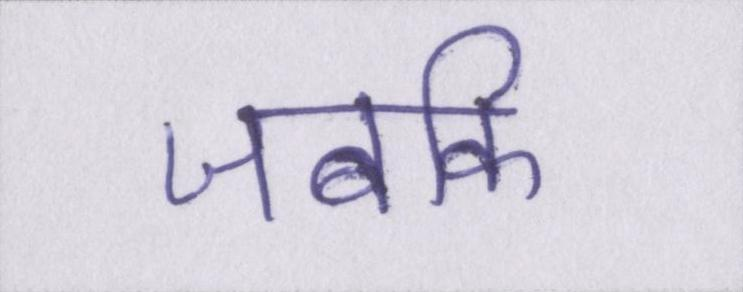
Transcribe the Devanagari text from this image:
जबकि